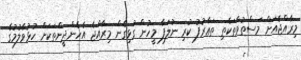
މިރާއްޖެއަށް މަސްތުވާތަކެތި ތަޢާރުފު ކުރި ނުލަފާ މީހުން ގުޅިގެން މިރާއްޖެ އެހެންދީންތަކަށް ހުޅުވާލުމުގެ